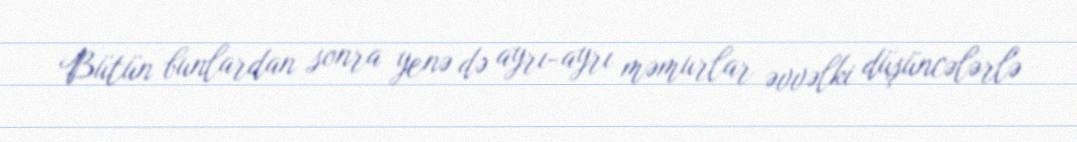
Bütün bunlardan sonra yenə də ayrı-ayrı məmurlar əvvəlki düşüncələrlə